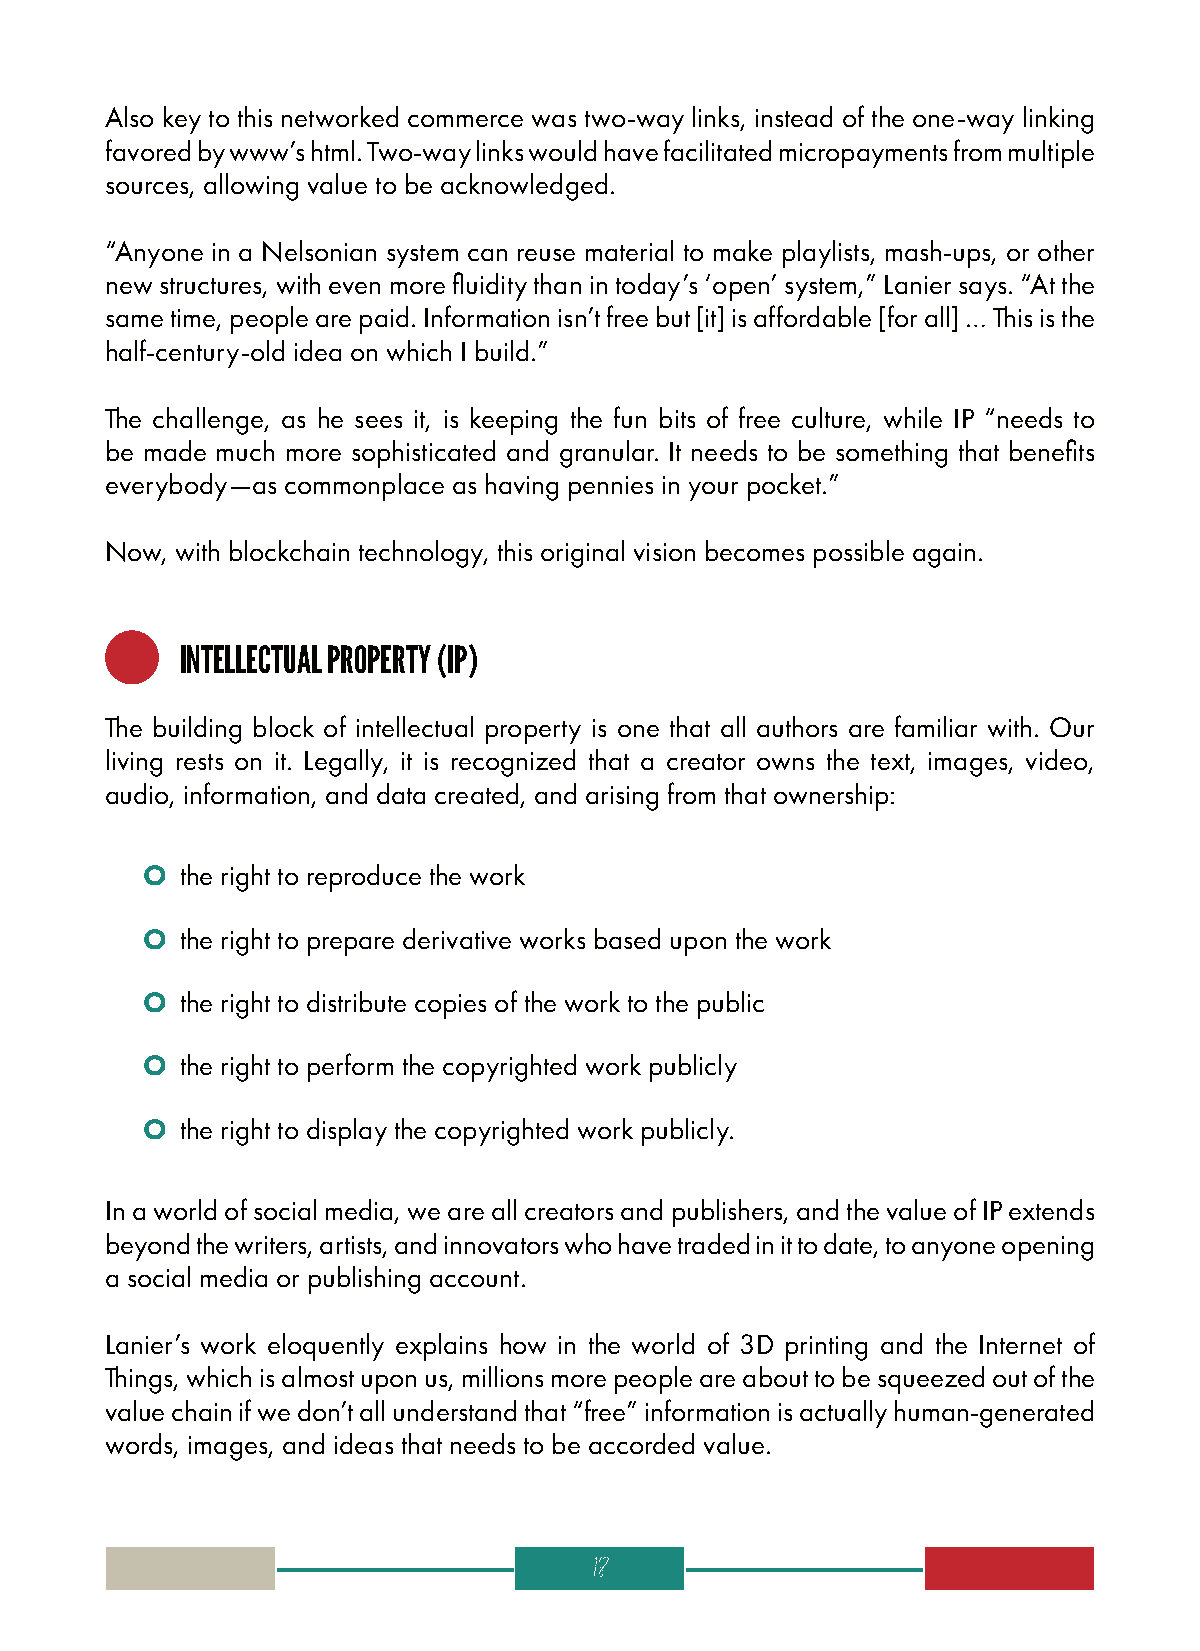
Also key to this networked commerce was two-way links, instead of the one-way linking
 favored by www’s html. Two-way links would have facilitated micropayments from multiple
 sources, allowing value to be acknowledged.
 “Anyone in a Nelsonian system can reuse material to make playlists, mash-ups, or other
 new structures, with even more fluidity than in today’s ‘open’ system,” Lanier says. “At the
 same time, people are paid. Information isn’t free but [it] is affordable [for all] … This is the
 half-century-old idea on which I build.”
 The challenge, as he sees it, is keeping the fun bits of free culture, while IP “needs to
 be made much more sophisticated and granular. It needs to be something that benefits
 everybody—as commonplace as having pennies in your pocket.”
 Now, with blockchain technology, this original vision becomes possible again.
 INTELLECTUAL PROPERTY (IP)
 The building block of intellectual property is one that all authors are familiar with. Our
 living rests on it. Legally, it is recognized that a creator owns the text, images, video,
 audio, information, and data created, and arising from that ownership:
 O  the right to reproduce the work
 O  the right to prepare derivative works based upon the work
 O  the right to distribute copies of the work to the public
 O  the right to perform the copyrighted work publicly
 O  the right to display the copyrighted work publicly.
 In a world of social media, we are all creators and publishers, and the value of IP extends
 beyond the writers, artists, and innovators who have traded in it to date, to anyone opening
 a social media or publishing account.
 Lanier’s work eloquently explains how in the world of 3D printing and the Internet of
 Things, which is almost upon us, millions more people are about to be squeezed out of the
 value chain if we don’t all understand that “free” information is actually human-generated
 words, images, and ideas that needs to be accorded value.
 18